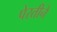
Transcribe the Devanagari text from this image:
पेरतीने